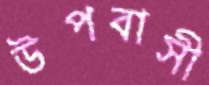
উপবাসী